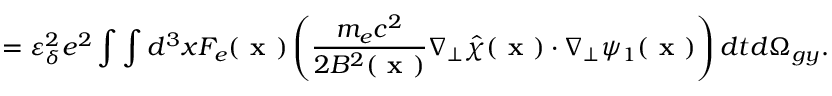
= \varepsilon _ { \delta } ^ { 2 } e ^ { 2 } \int \int d ^ { 3 } x F _ { e } ( \textbf { x } ) \left( \frac { m _ { e } c ^ { 2 } } { 2 B ^ { 2 } ( \textbf { x } ) } \nabla _ { \perp } \hat { \chi } ( \textbf { x } ) \boldsymbol { \cdot } \nabla _ { \perp } \psi _ { 1 } ( \textbf { x } ) \right) d t d \Omega _ { g y } .